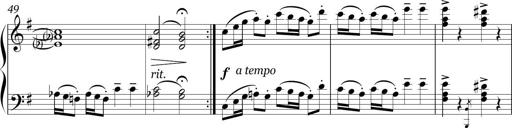
Title: Sonatina in E minor
Composer: Shuwen Zhang
Key: E minor